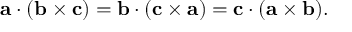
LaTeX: \mathbf { a } \cdot ( \mathbf { b } \times \mathbf { c } ) = \mathbf { b } \cdot ( \mathbf { c } \times \mathbf { a } ) = \mathbf { c } \cdot ( \mathbf { a } \times \mathbf { b } ) .